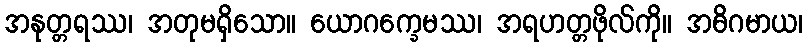
အနုတ္တရဿ၊ အတုမရှိသော။ ယောဂက္ခေမဿ၊ အရဟတ္တဖိုလ်ကို။ အဓိဂမာယ၊